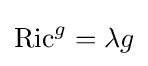
{\text{Ric}}^{g}=\lambda g